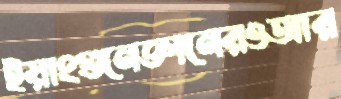
ইয়াংগুনেজ্ঞানেরওআর